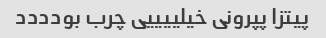
پیتزا پپرونی خیلییییی چرب بودددد